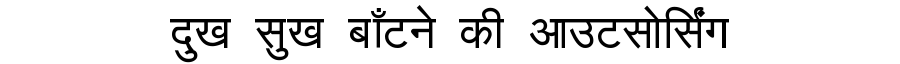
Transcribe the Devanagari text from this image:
दुख सुख बाँटने की आउटसोर्सिंग